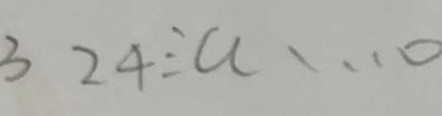
3 2 4 \div a \cdots 0